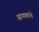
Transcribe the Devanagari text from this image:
साफकरने